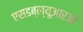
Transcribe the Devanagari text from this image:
एसडब्ल्यूआरओ